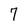
Character: 7